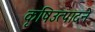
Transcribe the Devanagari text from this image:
कृषिउत्पादने